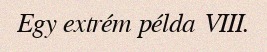
Egy extrém példa VIII.